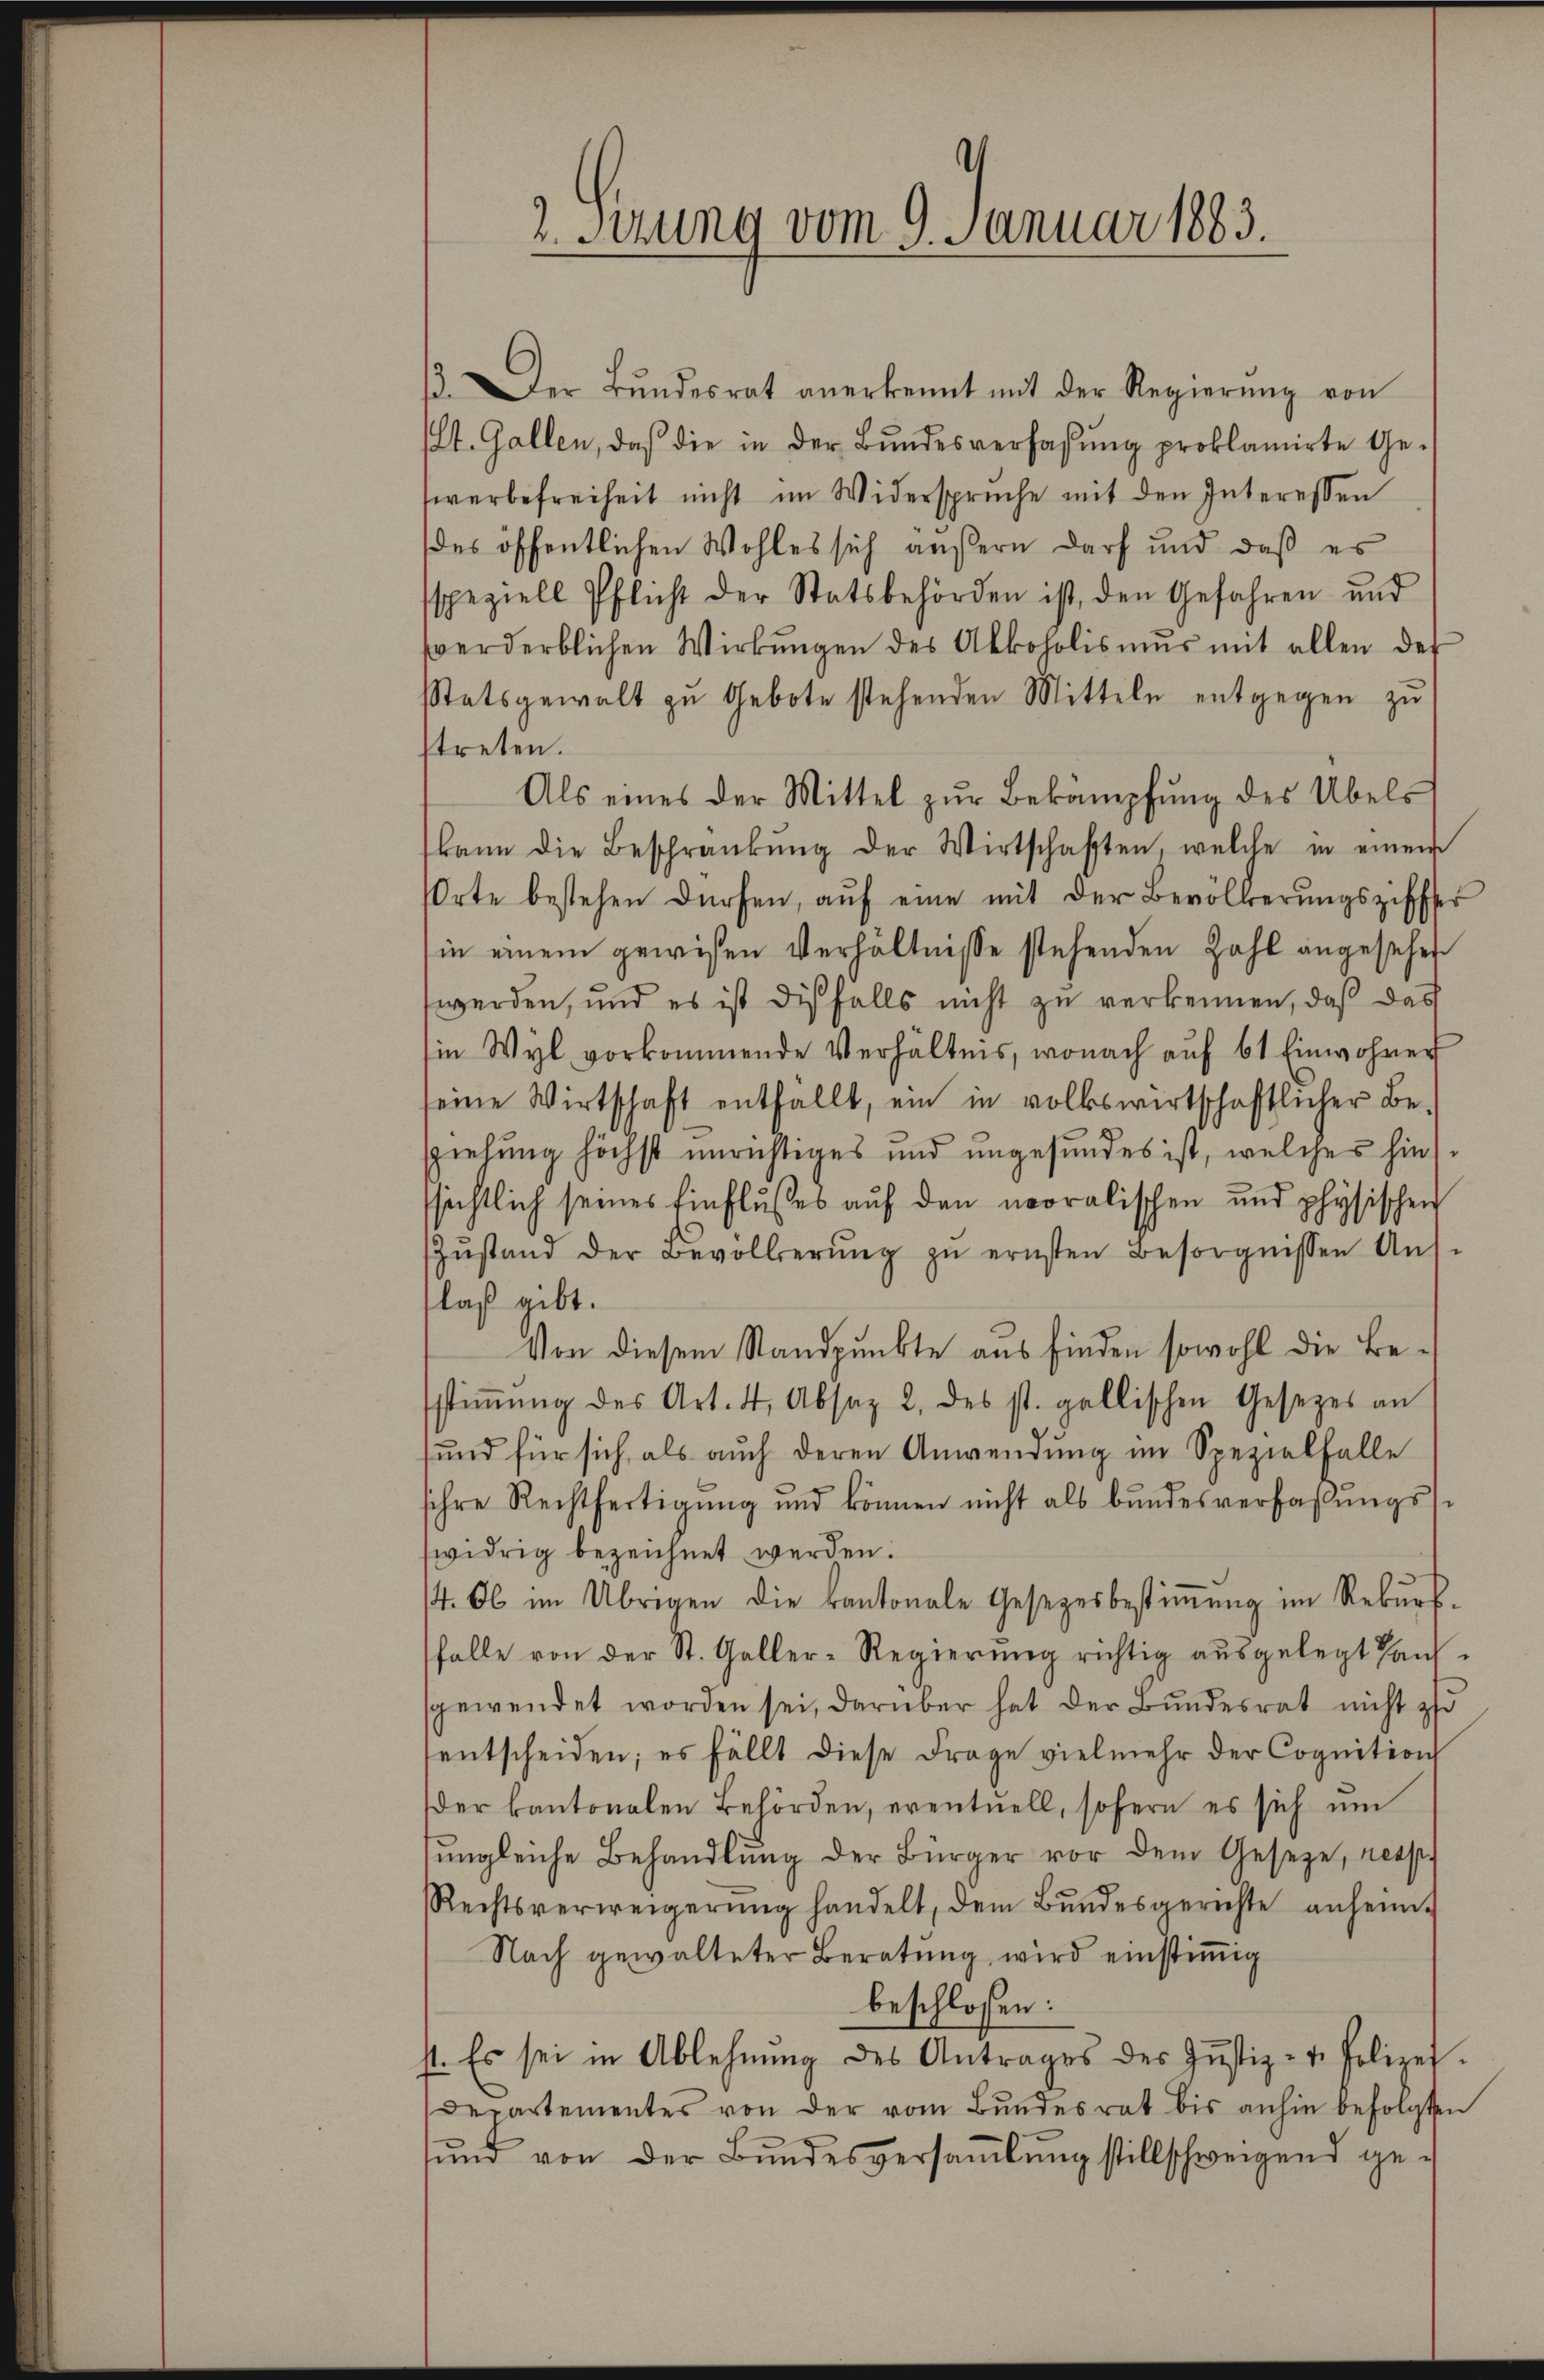
2. Setzung vom 9. Januar 1883.

13. Der Bŭndesrat anerkennt mit der Regierŭng von
(St. Gallen, daß die in der Bŭndesverfassŭng proklamirte Ge-
werbefreiheit nicht im Widersprüche mit den Interessen
des öffentlichen Wohles sich äußern darf und daß es
speziell Pflicht der Statsbehörden ist, den Gefahren und
verderblichen Wirkungen des Akkoholismus mit allen der
tatsgewalt zu Gebote stehenden Mitteln entgegen zu
streten.
Als eines der Mittel zŭr Bekampfŭng des Übels
kann die Beschränkung der Wirtschaften, welche in einem
Orte bestehen dürfen, auf eine mit der Bevölkerungsziffer
in einem gewisen Verhältnisse stehenden Zahl angesehen
werden, und es ist disfalls nicht zu verkennen, daß das
Ein Wyl vorkommende Verhältnis, wonach aŭf 61 Einwohner
seine Wirtschaft entfallt, ein in volkswirtschaftlicher Besziehung höchst unrichtiges und ungesundes ist, welches hin
ssichtlich seines Einflusses aŭf den moralischen und physischen
Zŭstand der Bevölkerŭng zŭ ernsten Besorgnissen Aŭs-
laß gibt.
Von diesem Standpunkte aus finden sowohl die Bestiṁŭng des Art. 4, Absaz 2 des st. gallischen Gesetzes an
sund für sich als auch deren Anwendŭng im Spezialfalle
ihre Rechtfertigung und können nicht als bundesverfaßungswidrig bezeichnet werden.
14. Ob im Übrigen die kantonale Gesetzesbestiṁŭng im Rekŭrs-
falle von der St. Galler-Regierŭng richtig aŭsgelegt haŭs-
sgewendet worden sei, darüber hat der Bundesrat nicht zu
entscheiden; es fällt diese Frage vielmehr der Cognition
der kantonalen Behörden, eventuell, sofern es sich um
ŭngleiche Behandlŭng der Bürger vor dem Geseze, nees
Rechtsverweigerŭng handelt, dem Bŭndesgerichte anheim-
Nach gewalteter Beratung wird einstimmig
beschlossen:
st. Es sei in Ablehnŭng des Antrages des Jŭstiz- & Polizei.
Departementes von der vom Bundesrat bis anhin befolgten
sund von der Bundesversaṁlŭng stillschweigend ge¬